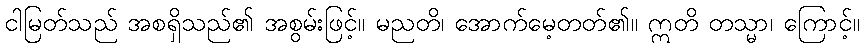
ငါမြတ်သည် အစရှိသည်၏ အစွမ်းဖြင့်။ မညတိ၊ အောက်မေ့တတ်၏။ ဣတိ တသ္မာ၊ ကြောင့်။